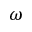
\omega